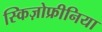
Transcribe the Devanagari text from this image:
स्किज़ोफ्रीनिया